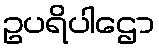
ဥပရိပါဌော